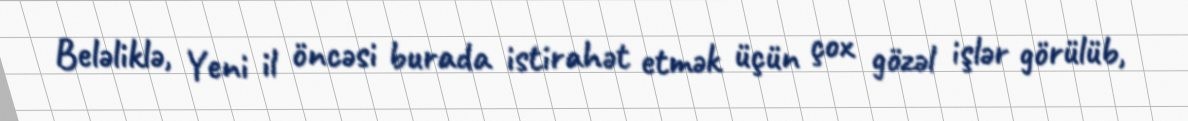
Beləliklə, Yeni il öncəsi burada istirahət etmək üçün çox gözəl işlər görülüb,